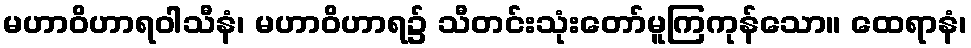
မဟာဝိဟာရဝါသီနံ၊ မဟာဝိဟာရ၌ သီတင်းသုံးတော်မူကြကုန်သော။ ထေရာနံ၊